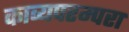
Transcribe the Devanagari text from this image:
काव्यपरम्परा